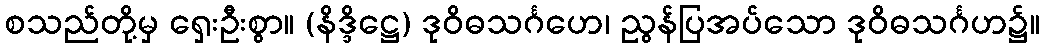
စသည်တို့မှ ရှေးဦးစွာ။ (နိဒ္ဒိဋ္ဌေ) ဒုဝိဓသင်္ဂဟေ၊ ညွန်ပြအပ်သော ဒုဝိဓသင်္ဂဟ၌။